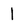
Character: 1